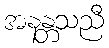
အနန္တသညီ